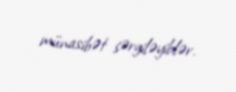
münasibət sərgiləyiblər.